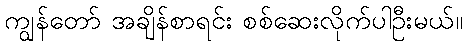
ကျွန်တော် အချိန်စာရင်း စစ်ဆေးလိုက်ပါဦးမယ်။